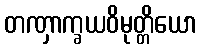
တဏှာက္ခယဝိမုတ္တိယော